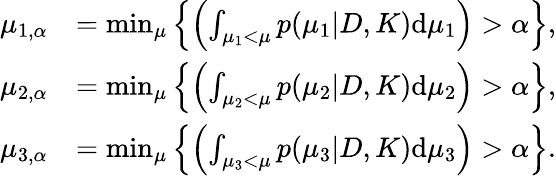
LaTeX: \begin{array}{rl}{\mu_{1,\alpha}}&{=\operatorname*{min}_{\mu}\left\{ \left(\int_{\mu_{1}<\mu}p(\mu_{1}|D,K)\textup{d}\mu_{1}\right)>\alpha\right\} ,}\\ {\mu_{2,\alpha}}&{=\operatorname*{min}_{\mu}\left\{ \left(\int_{\mu_{2}<\mu}p(\mu_{2}|D,K)\textup{d}\mu_{2}\right)>\alpha\right\} ,}\\ {\mu_{3,\alpha}}&{=\operatorname*{min}_{\mu}\left\{ \left(\int_{\mu_{3}<\mu}p(\mu_{3}|D,K)\textup{d}\mu_{3}\right)>\alpha\right\} .}\end{array}